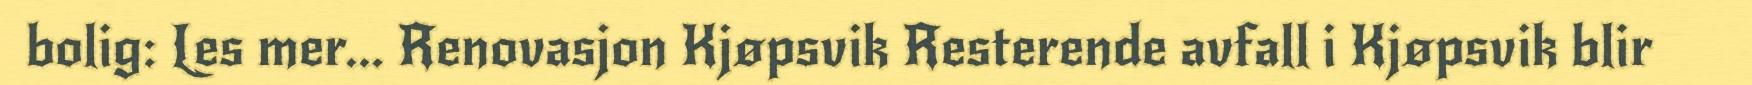
bolig: Les mer... Renovasjon Kjøpsvik Resterende avfall i Kjøpsvik blir